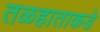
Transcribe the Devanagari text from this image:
तळहाताकडे